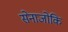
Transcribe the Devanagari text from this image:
सेनाजोकि